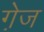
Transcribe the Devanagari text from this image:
गे़ज